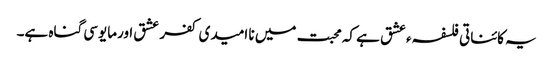
یہ کائناتی فلسفہء عشق ہے کہ محبت میں نا امیدی کفر عشق اورمایوسی گناہ ہے۔